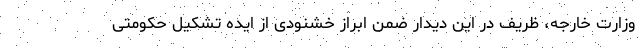
وزارت خارجه، ظریف در این دیدار ضمن ابراز خشنودی از ایده تشکیل حکومتی